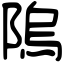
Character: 隖